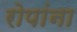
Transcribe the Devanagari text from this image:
रोपांना